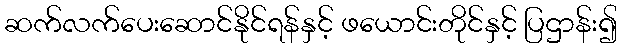
ဆက်လက်ပေးဆောင်နိုင်ရန်နှင့် ဖယောင်းတိုင်နှင့် ပြဌာန်း၍